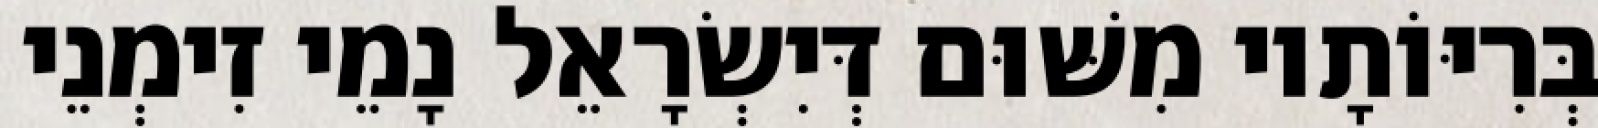
בְּרִיּוֹתָיו מִשּׁוּם דְּיִשְׂרָאֵל נָמֵי זִימְנֵי